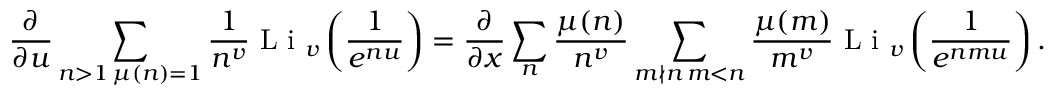
\frac { \partial } { \partial u } \sum _ { \substack { n > 1 \, \mu ( n ) = 1 } } \frac { 1 } { n ^ { v } } \textnormal { L i } _ { v } \left( \frac { 1 } { e ^ { n u } } \right) = \frac { \partial } { \partial x } \sum _ { n } \frac { \mu ( n ) } { n ^ { v } } \sum _ { \substack { m \nmid n \, m < n } } \frac { \mu ( m ) } { m ^ { v } } \textnormal { L i } _ { v } \left( \frac { 1 } { e ^ { n m u } } \right) .